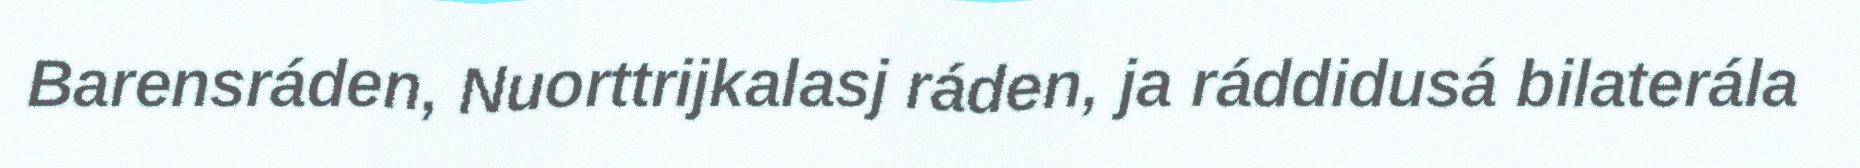
Barensráden, Nuorttrijkalasj ráden, ja ráddidusá bilaterála